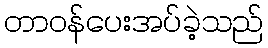
တာဝန်ပေးအပ်ခဲ့သည်